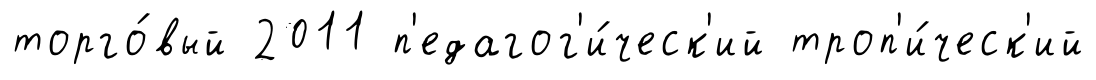
торго́вый 2011 п'едагог'и́ческ'ий троп'и́ческ'ий